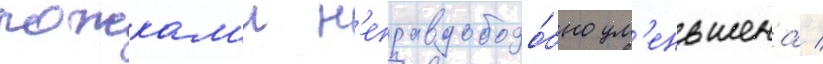
рожкам'и н'еправдоподо́бно ум'еньшена /